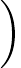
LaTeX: \bigg)